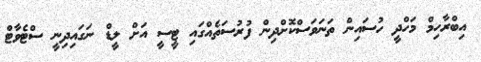
އިބްރާހިމް މަހްދީ ހުސައިން ތަނަވަސްކޮށްދިން ފުރުސަތެއްގައި ޓީސީ އަށް ލީޑް ނަގައިދިނީ ސްޓެވާޓް